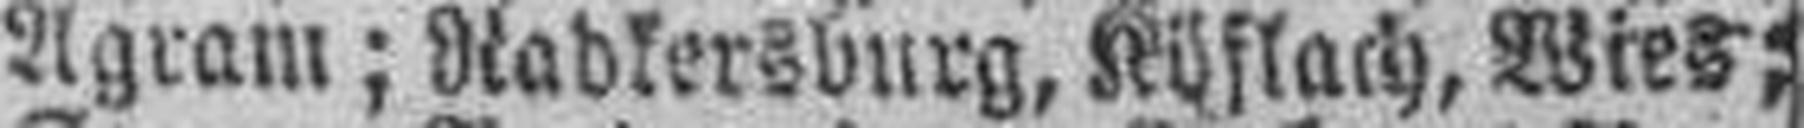
Agram; Radkersburg, Köflach, Wies;